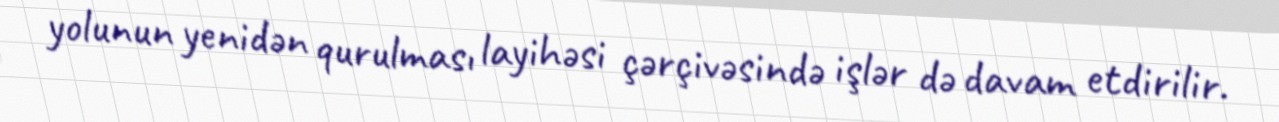
yolunun yenidən qurulması layihəsi çərçivəsində işlər də davam etdirilir.